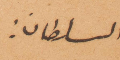
السلطان: